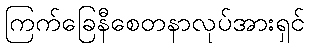
ကြက်ခြေနီစေတနာလုပ်အားရှင်